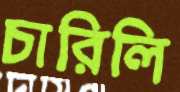
চারিলি